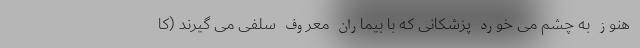
هنوز به چشم می خورد پزشکانی که با بیماران معروف سلفی می گیرند (کا